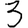
Digit: 3